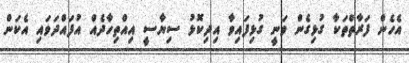
އެހެން ފަރާތްތަކާ ގުޅިގެން ވަނީ ގުޅިފައިވާ އިދިކޮޅު ސިޔާސީ އިއްތިހާދެއް އުފައްދަވައި އެކަން